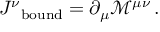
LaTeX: { J ^ { \nu } } _ { \mathrm { b o u n d } } = \partial _ { \mu } { \mathcal { M } } ^ { \mu \nu } \, .